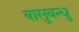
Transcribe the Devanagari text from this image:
वासुबन्धु